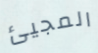
المجيئ